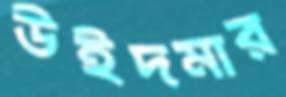
উইদমার